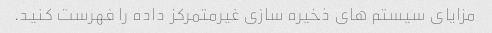
مزایای سیستم های ذخیره سازی غیرمتمرکز داده را فهرست کنید.